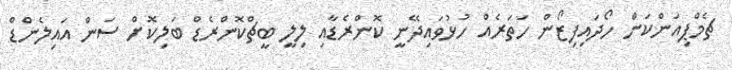
ޗެމްޕިއަންކަން ހޯދައިފިޒޯން ހަތަރެއް ހުޅުވައިދޭނީ ކޮންރެޑާއި ލިލީ ބީޗްކޮންރެޑް ބަލިކޮށް ސަން އައިލެންޑް